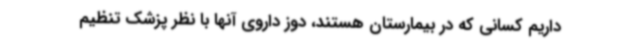
داریم کسانی که در بیمارستان هستند، دوز داروی آنها با نظر پزشک تنظیم